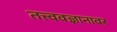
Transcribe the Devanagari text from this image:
तत्त्ववज्ञानावर